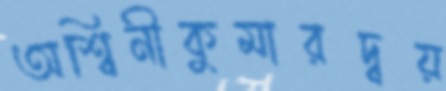
অশ্বিনীকুমারদ্বয়